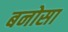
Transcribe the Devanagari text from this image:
बनोसा